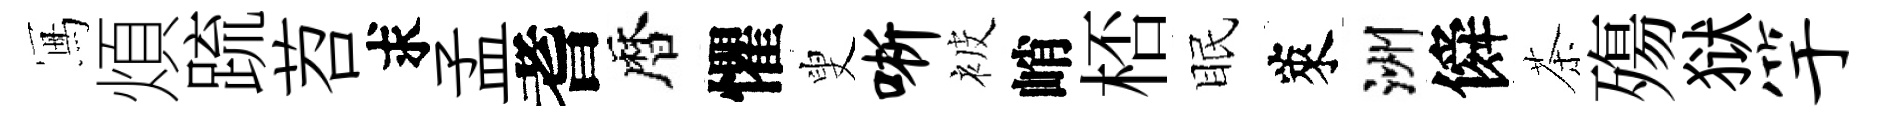
冩煩䟽苕求孟耆暦懼叟晰被峭桮眠萊洲僢茶殤狱竽